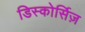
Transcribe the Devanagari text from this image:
डिस्कोर्सिज़